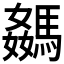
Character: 𩤦